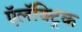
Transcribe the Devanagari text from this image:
ऍलॅक्ट्रिक